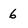
Character: 6